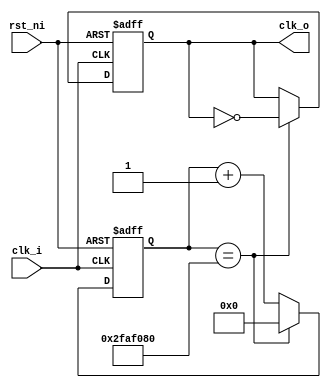
module PLL2(
	input 	clk_i,
	input 	rst_ni,
	
	output reg clk_o
);
	reg [31:0]counter;
	always @(posedge clk_i, negedge rst_ni)
	begin
		if (!rst_ni)
			begin
				counter = 32'b0;
				clk_o = 1'b0;
			end
		else
			begin
				if (counter == 32'd50000000)
					begin
						counter = 32'b0;
						clk_o = ~clk_o;
					end
				else
					counter = counter + 1'b1;
			end
	end

endmodule